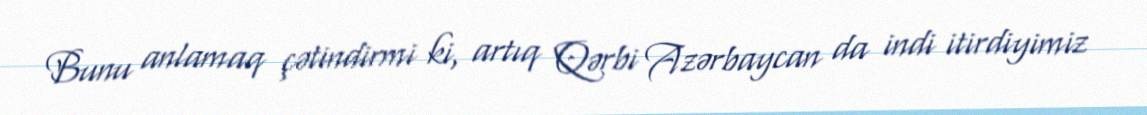
Bunu anlamaq çətindirmi ki, artıq Qərbi Azərbaycan da indi itirdiyimiz